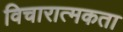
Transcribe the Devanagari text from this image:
विचारात्मकता